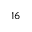
1 6